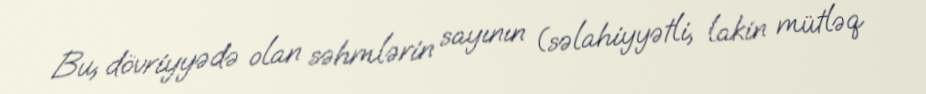
Bu, dövriyyədə olan səhmlərin sayının (səlahiyyətli, lakin mütləq